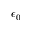
\epsilon _ { 0 }